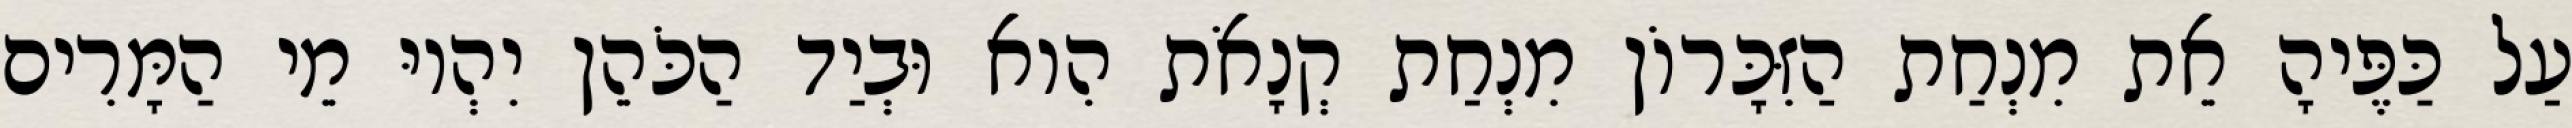
עַל כַּפֶּיהָ אֵת מִנְחַת הַזִּכָּרוֹן מִנְחַת קְנָאֹת הִוא וּבְיַד הַכֹּהֵן יִהְיוּ מֵי הַמָּרִים